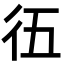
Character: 鿉